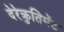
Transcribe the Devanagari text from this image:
देरेक्रुतिमेंट